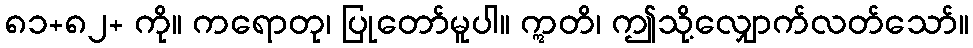
၈၁+၈၂+ ကို။ ကရောတု၊ ပြုတော်မူပါ။ ဣတိ၊ ဤသို့လျှောက်လတ်သော်။